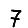
Digit: 7